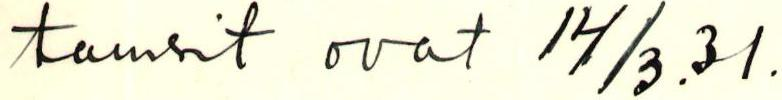
tanssit ovat 14/3.31.